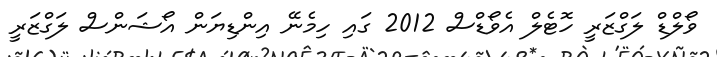
ވޯލްޑް ލަގްޒަރީ ހޮޓެލް އެވޯޑްސް 2012 ގައި ހިމެނޭ އިންޑިޔަން އޯޝަންސް ލަގްޒަރީ